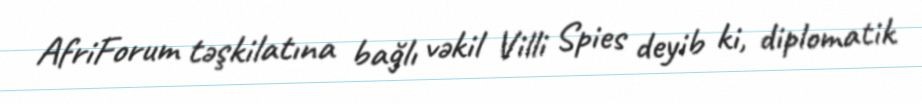
AfriForum təşkilatına bağlı vəkil Villi Spies deyib ki, diplomatik